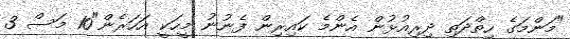
"މަންމަގެ ހިތްދަތި ދިރިއުޅުން އެންމެ ކައިރިން ފެނުނު މީހަކީ އަހަރެން"10 މަސް 3